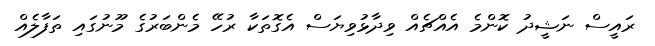
ރައީސް ނަޝީދު ކޮންމެ އެއްޗެއް ވިދާޅުވިޔަސް އެގޮތަކާ ރުހޭ މެންބަރުގެ މޫނުގައި ތަފާލެއް